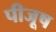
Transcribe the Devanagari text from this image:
पीजूष